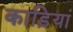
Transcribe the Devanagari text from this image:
काड़ियां